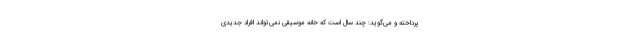
پرداخته و می‌گوید: چند سال است که خانه موسیقی نمی‌تواند افراد جدیدی